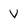
Character: V